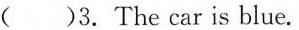
( )3. The car is blue.